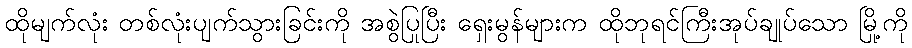
ထိုမျက်လုံး တစ်လုံးပျက်သွားခြင်းကို အစွဲပြုပြီး ရှေးမွန်များက ထိုဘုရင်ကြီးအုပ်ချုပ်သော မြို့ကို